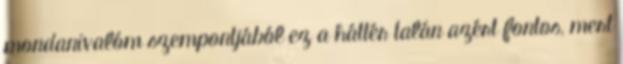
mondanivalóm szempontjából ez a háttér talán azért fontos, mert